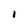
Character: I